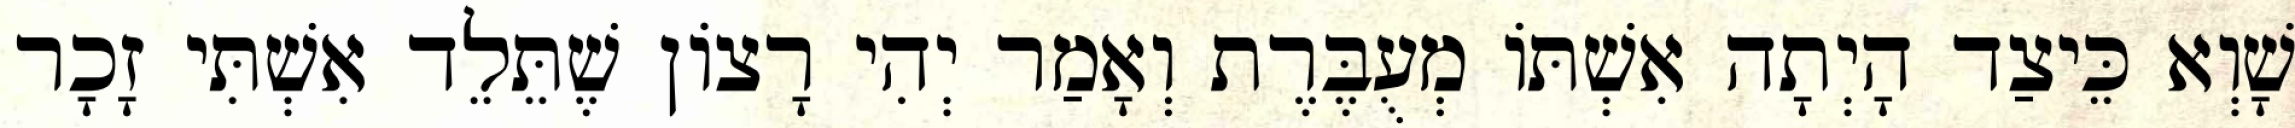
שָׁוְא כֵּיצַד הָיְתָה אִשְׁתּוֹ מְעֻבֶּרֶת וְאָמַר יְהִי רָצוֹן שֶׁתֵּלֵד אִשְׁתִּי זָכָר